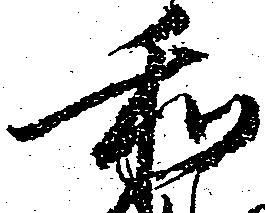
和